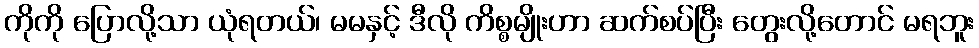
ကိုကို ပြောလို့သာ ယုံရတယ်၊ မမနှင့် ဒီလို ကိစ္စမျိုးဟာ ဆက်စပ်ပြီး တွေးလို့တောင် မရဘူး